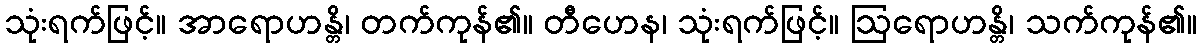
သုံးရက်ဖြင့်။ အာရောဟန္တိ၊ တက်ကုန်၏။ တီဟေန၊ သုံးရက်ဖြင့်။ ဩရောဟန္တိ၊ သက်ကုန်၏။